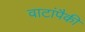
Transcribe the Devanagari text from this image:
वाटांपैकी